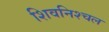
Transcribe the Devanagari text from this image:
शिवनिश्चल